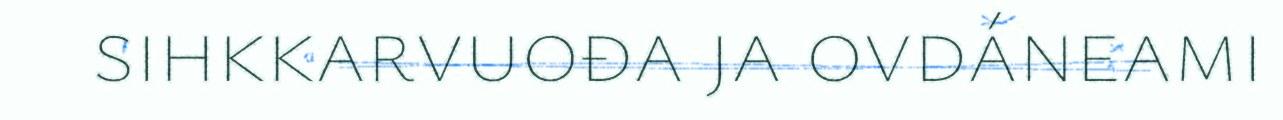
sihkkarvuođa ja ovdáneami